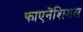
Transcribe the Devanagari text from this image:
फाएनेंशियल